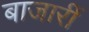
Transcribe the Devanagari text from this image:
बाजारीं